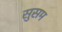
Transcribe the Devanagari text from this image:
सुसम